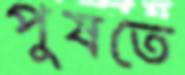
পুষতে